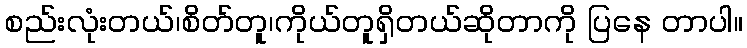
စည်းလုံးတယ်၊စိတ်တူ၊ကိုယ်တူရှိတယ်ဆိုတာကို ပြနေ တာပါ။